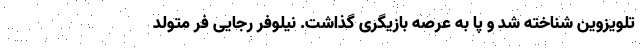
تلویزوین شناخته شد و پا به عرصه بازیگری گذاشت. نیلوفر رجایی فر متولد